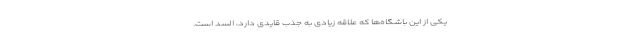
یکی از این باشگاه‌ها که علاقه زیادی به جذب قایدی دارد، السد است.